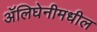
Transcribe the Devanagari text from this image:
ॲलिघेनीमधील